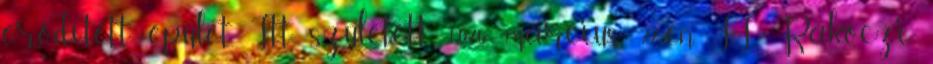
erődített épület. Itt született 1676. március 27-én II. Rákóczi